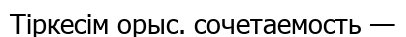
Тіркесім орыс. сочетаемость —